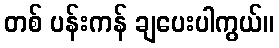
တစ် ပန်းကန် ချပေးပါကွယ်။